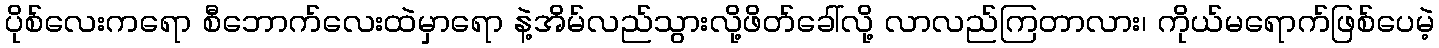
ပိုစ်လေးကရော စီဘောက်လေးထဲမှာရော နဲ့အိမ်လည်သွားလို့ဖိတ်ခေါ်လို့ လာလည်ကြတာလား၊ ကိုယ်မရောက်ဖြစ်ပေမဲ့